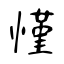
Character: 慬